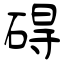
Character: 碍